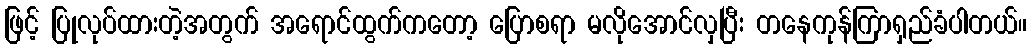
ဖြင့် ပြုလုပ်ထားတဲ့အတွက် အရောင်ထွက်ကတော့ ပြောစရာ မလိုအောင်လှပြီး တနေကုန်ကြာရှည်ခံပါတယ်။